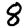
Digit: 8